Indian journal of veterinary science and animal husbandry - Volumes 18-21, 1948-1951
Year: 1948
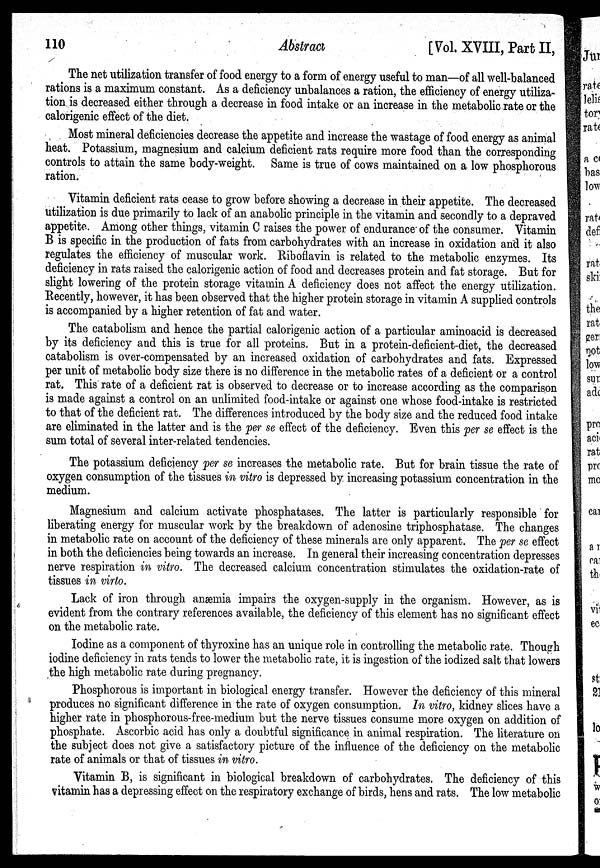
110
Abstract
[Vol. XVIII, Part II,
The net utilization transfer of food energy to a form of energy useful to man—of all well-balanced
rations is a maximum constant. As a deficiency unbalances a ration, the efficiency of energy utiliza-
tion is decreased either through a decrease in food intake or an increase in the metabolic rate or the
calorigenic effect of the diet.
Most mineral deficiencies decrease the appetite and increase the wastage of food energy as animal
heat. Potassium, magnesium and calcium deficient rats require more food than the corresponding
controls to attain the same body-weight. Same is true of cows maintained on a low phosphorous
ration.
Vitamin deficient rats cease to grow before showing a decrease in their appetite. The decreased
utilization is due primarily to lack of an anabolic principle in the vitamin and secondly to a depraved
appetite. Among other things, vitamin C raises the power of endurance of the consumer. Vitamin
B is specific in the production of fats from carbohydrates with an increase in oxidation and it also
regulates the efficiency of muscular work. Riboflavin is related to the metabolic enzymes. Its
deficiency in rats raised the calorigenic action of food and decreases protein and fat storage. But for
slight lowering of the protein storage vitamin A deficiency does not affect the energy utilization.
Recently, however, it has been observed that the higher protein storage in vitamin A supplied controls
is accompanied by a higher retention of fat and water.
The catabolism and hence the partial calorigenic action of a particular aminoacid is decreased
by its deficiency and this is true for all proteins. But in a protein-deficient-diet, the decreased
catabolism is over-compensated by an increased oxidation of carbohydrates and fats. Expressed
per unit of metabolic body size there is no difference in the metabolic rates of a deficient or a control
rat. This rate of a deficient rat is observed to decrease or to increase according as the comparison
is made against a control on an unlimited food-intake or against one whose food-intake is restricted
to that of the deficient rat. The differences introduced by the body size and the reduced food intake
are eliminated in the latter and is the per se effect of the deficiency. Even this per se effect is the
sum total of several inter-related tendencies.
The potassium deficiency per se increases the metabolic rate. But for brain tissue the rate of
oxygen consumption of the tissues in vitro is depressed by increasing potassium concentration in the
medium.
Magnesium and calcium activate phosphatases. The latter is particularly responsible for
liberating energy for muscular work by the breakdown of adenosine triphosphatase. The changes
in metabolic rate on account of the deficiency of these minerals are only apparent. The per se effect
in both the deficiencies being towards an increase. In general their increasing concentration depresses
nerve respiration in vitro. The decreased calcium concentration stimulates the oxidation-rate of
tissues in virto.
Lack of iron through anæmia impairs the oxygen-supply in the organism. However, as is
evident from the contrary references available, the deficiency of this element has no significant effect
on the metabolic rate.
Iodine as a component of thyroxine has an unique role in controlling the metabolic rate. Though
iodine deficiency in rats tends to lower the metabolic rate, it is ingestion of the iodized salt that lowers
the high metabolic rate during pregnancy.
Phosphorous is important in biological energy transfer. However the deficiency of this mineral
produces no significant difference in the rate of oxygen consumption. In vitro, kidney slices have a
higher rate in phosphorous-free-medium but the nerve tissues consume more oxygen on addition of
phosphate. Ascorbic acid has only a doubtful significance in animal respiration. The literature on
the subject does not give a satisfactory picture of the influence of the deficiency on the metabolic
rate of animals or that of tissues in vitro.
Vitamin B, is significant in biological breakdown of carbohydrates. The deficiency of this
vitamin has a depressing effect on the respiratory exchange of birds, hens and rats. The low metabolic